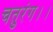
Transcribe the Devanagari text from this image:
चतुरंग।।